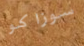
سوزاكو